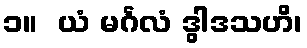
၁။  ယံ မင်္ဂလံ ဒွါဒသဟိ၊